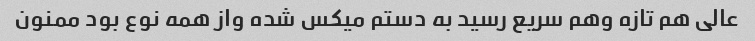
عالی هم تازه وهم سریع رسید به دستم میکس شده واز همه نوع بود ممنون